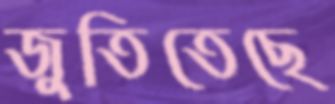
জুতিতেছে